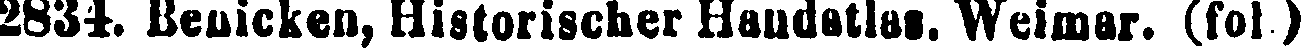
2834. Benicken, Historischer Handatlas. Weimar. (fol )